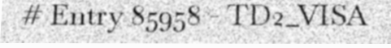
# Entry 85958 - TD2_VISA